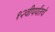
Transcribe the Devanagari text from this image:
१२वीपर्यंतचे